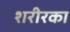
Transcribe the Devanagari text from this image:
शरीरका